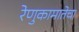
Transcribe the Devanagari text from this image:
रेणुकामातेचा